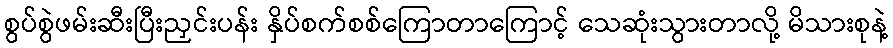
စွပ်စွဲဖမ်းဆီးပြီးညှင်းပန်း နှိပ်စက်စစ်ကြောတာကြောင့် သေဆုံးသွားတာလို့ မိသားစုနဲ့